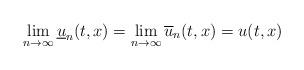
LaTeX: \begin{align*}\lim_{n\to\infty} \underline u_n(t,x)=\lim_{n\to\infty} \overline u_n(t,x)=u(t,x)\end{align*}